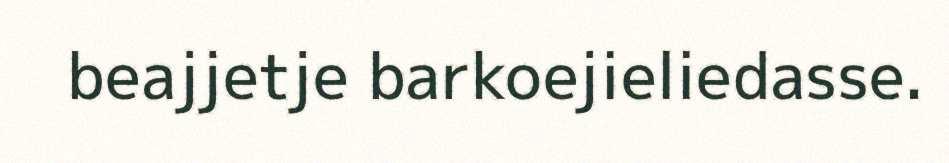
beajjetje barkoejieliedasse.